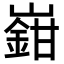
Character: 𡽎